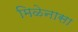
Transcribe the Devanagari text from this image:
मिळेनासा